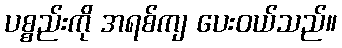
ပစ္စည်းကို အရစ်ကျ ပေးဝယ်သည်။